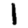
Digit: 1